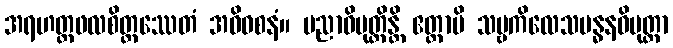
အရဟတ္တဖလစိတ္တဿေတံ အဓိဝစနံ။ ပညာဝိမုတ္တိန္တိ ဧတ္ထာပိ သဗ္ဗကိလေသဗန္ဓနဝိမုတ္တာ